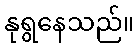
နုရွနေသည်။